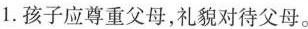
1.孩子应尊重父母，礼貌对待父母。